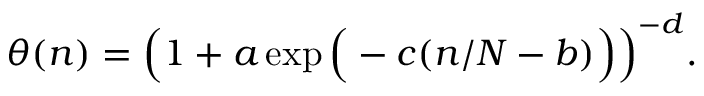
\theta ( n ) = \Big ( 1 + a \exp \Big ( - c ( n / N - b ) \Big ) \Big ) ^ { - d } .